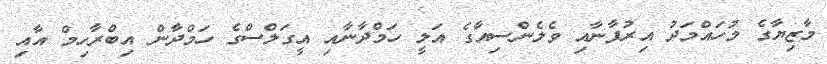
މާޒިޔާގެ މުހައްމަދު އިރުފާނާއި ވެލެންސިއާގެ އަލީ ހަމްދާނާއި އީގަލްސްގެ ހަމްދާން އިބްރާހިމް އާއި